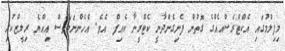
މިފިލްމުގައި އެކްޓްރެސްއެއްގެ ގޮތުން ފެނިގެންދާނީ ކެޓްރީނާ ކެއިފް އެވެ. އެހެންނަމަވެސް އިއްޔެ ރިލީޒްކުރި